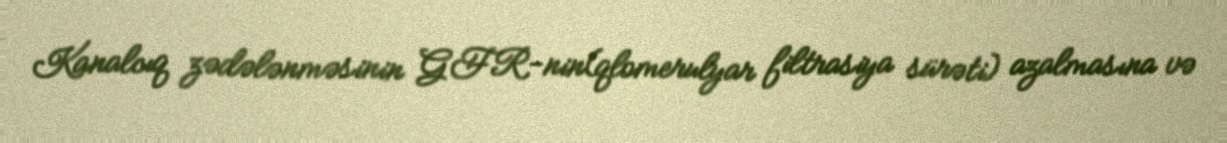
Kanalcıq zədələnməsinin GFR-nin(qlomerulyar filtrasiya sürəti) azalmasına və